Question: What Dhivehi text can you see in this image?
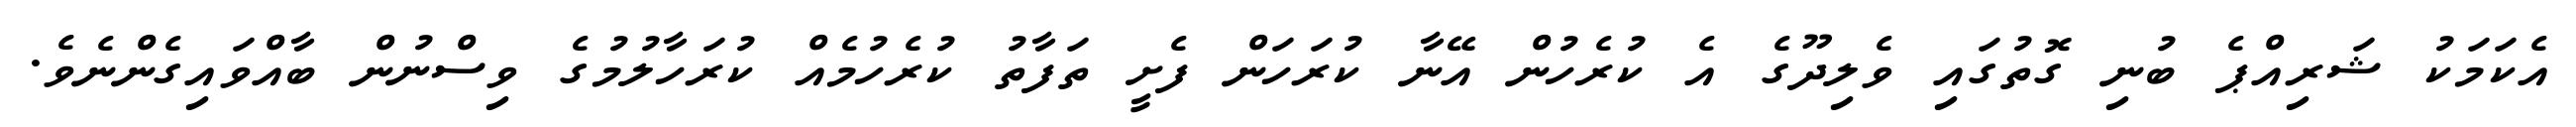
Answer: އެކަމަކު ޝަރިއްޕެ ބުނި ގޮތުގައި ވެލިދޫގެ އެ ކުރެހުން އޭނާ ކުރަހަން ފެށީ ތަފާތު ކުރެހުމެއް ކުރަހާލުމުގެ ވިސްނުން ބާއްވައިގެންނެވެ.